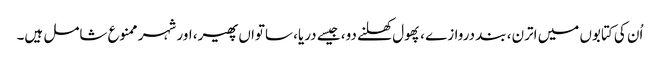
اُن کی کتابوں میں اترن، بند دروازے ، پھول کھلنے دو، جیسے دریا، ساتواں پھیر، اور شہر ممنوع شامل ہیں۔